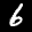
Label: 6